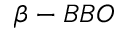
\beta - B B O